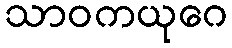
သာဝကယုဂေ